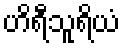
ဟိရီသူရိယံ